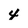
Character: 4